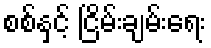
စစ်နှင့် ငြိမ်းချမ်းရေး